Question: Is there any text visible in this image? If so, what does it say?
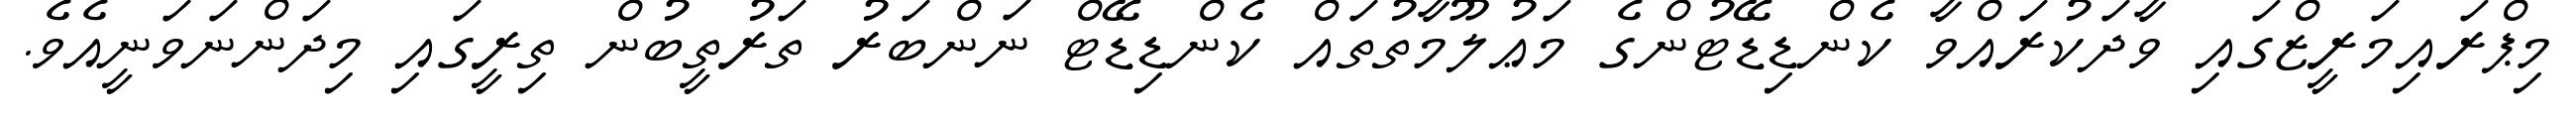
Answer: މިޕްރައިމަރީޒްގައި ވާދަކުރައްވާ ކެންޑިޑޭޓުންގެ މަޢުލޫމާތުތައް ކެންޑިޑޭޓް ނަންބަރު ތަރުތީބުން ތިރީގައި މިދަންނަވަނީއެވެ.